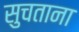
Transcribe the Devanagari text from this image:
सुचताना